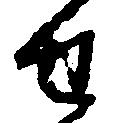
せ